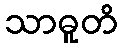
သာဓူတိ